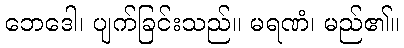
ဘေဒေါ၊ ပျက်ခြင်းသည်။ မရဏံ၊ မည်၏။